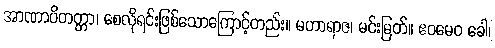
အာဏာပိတတ္တာ၊ စေလိုရင်းဖြစ်သောကြောင့်တည်း။ မဟာရာဇ၊ မင်းမြတ်။ ဧဝမေဝ ခေါ၊